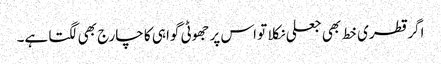
اگر قطری خط بھی جعلی نکلا تو اس پر جھوٹی گواہی کا چارج بھی لگتا ہے۔